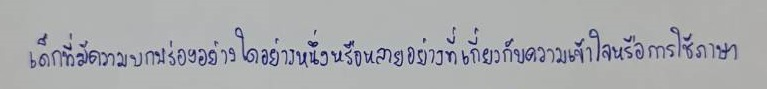
เด็กที่มีความบกพร่องอย่างใดอย่างหนึ่งหรือหลายอย่างที่เกี่ยวกับความเข้าใจหรือการใช้ภาษา